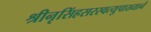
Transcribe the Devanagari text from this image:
श्रीनृसिंहसरस्वत्युपाख्याने